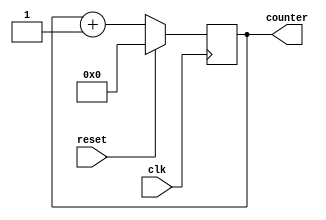
module reset_condition_example (
    input wire clk,          // Clock signal
    input wire reset,        // Reset signal (active high)
    output reg [7:0] counter // Example output (8-bit counter)
);

// Initial state
initial begin
    counter = 8'b00000000; // Initialize counter to 0
end

// Behavioral modeling block
always @(posedge clk) begin
    if (reset) begin
        // Reset condition: set counter to initial value
        counter <= 8'b00000000; // Reset counter to 0
    end else begin
        // Normal operational logic (example: increment counter)
        counter <= counter + 1; // Increment counter
    end
end

endmodule